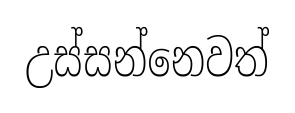
උස්සන්නෙවත්